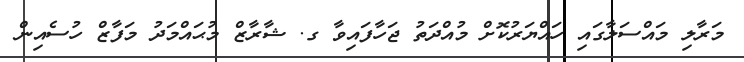
މަރާލި މައްސަލާގައި ހައްޔަރުކޮށް މުއްދަތު ޖަހާފައިވާ ގ. ޝާރާޒް މުޙައްމަދު މަފާޒް ހުސެއިން